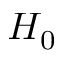
H _ { 0 }